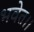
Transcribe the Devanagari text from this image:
भवेत।।